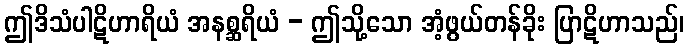
ဤဒိသံပါဋိဟာရိယံ အနစ္ဆရိယံ - ဤသို့သော အံ့ဖွယ်တန်ခိုး ပြာဋိဟာသည်၊